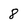
Character: 8